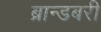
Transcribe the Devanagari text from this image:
ब्रान्डबरी